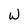
Character: W